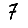
Digit: 7